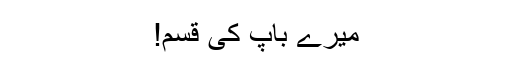
میرے باپ کی قسم!